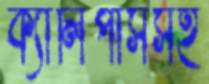
ক্যালিপার্সসহ